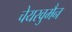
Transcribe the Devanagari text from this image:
चेयरवुमैन